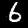
Digit: 6